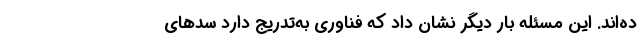
ده‌اند. این مسئله بار دیگر نشان داد که فناوری به‌تدریج دارد سدهای